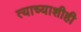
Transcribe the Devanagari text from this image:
त्याच्याशीही